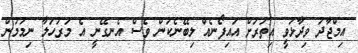
އިމްޖާދު ވިދާޅުވީ އިތުރަށް އައިފޯނެއް ލިބޭނެކަން ވެސް އެނގޭނީ އެ މަރުހަލާ ނިމުމުން